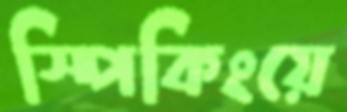
স্পিকিংয়ে